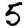
Digit: 5